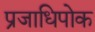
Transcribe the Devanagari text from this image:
प्रजाधिपोक